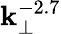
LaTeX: \mathbf{k}_{\perp}^{-2.7}